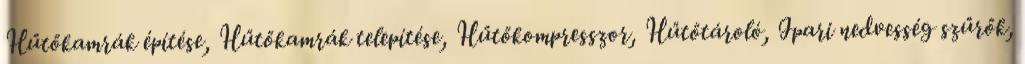
Hűtőkamrák építése, Hűtőkamrák telepítése, Hűtőkompresszor, Hűtőtároló, Ipari nedvesség szűrők,